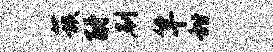
蔟酹刷竿甜